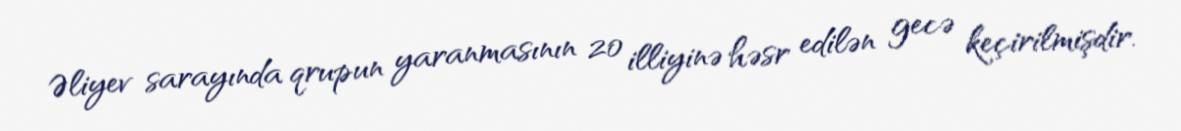
Əliyev sarayında qrupun yaranmasının 20 illiyinə həsr edilən gecə keçirilmişdir.